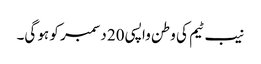
نیب ٹیم کی وطن واپسی 20 دسمبر کو ہو گی۔